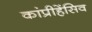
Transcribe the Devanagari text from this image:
कांप्रीहेंसिव